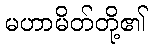
မဟာမိတ်တို့၏